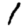
Digit: 1